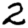
Digit: 2